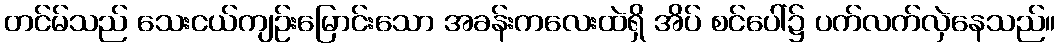
တင်မ်သည် သေးငယ်ကျဉ်းမြောင်းသော အခန်းကလေးထဲရှိ အိပ် စင်ပေါ်၌ ပက်လက်လှဲနေသည်။